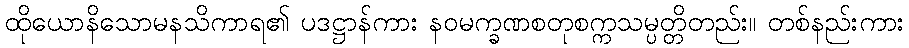
ထိုယောနိသောမနသိကာရ၏ ပဒဋ္ဌာန်ကား နဝမက္ခဏစတုစက္ကသမ္ပတ္တိတည်း။ တစ်နည်းကား